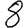
Digit: 8